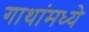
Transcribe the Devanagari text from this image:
गाथांमध्ये